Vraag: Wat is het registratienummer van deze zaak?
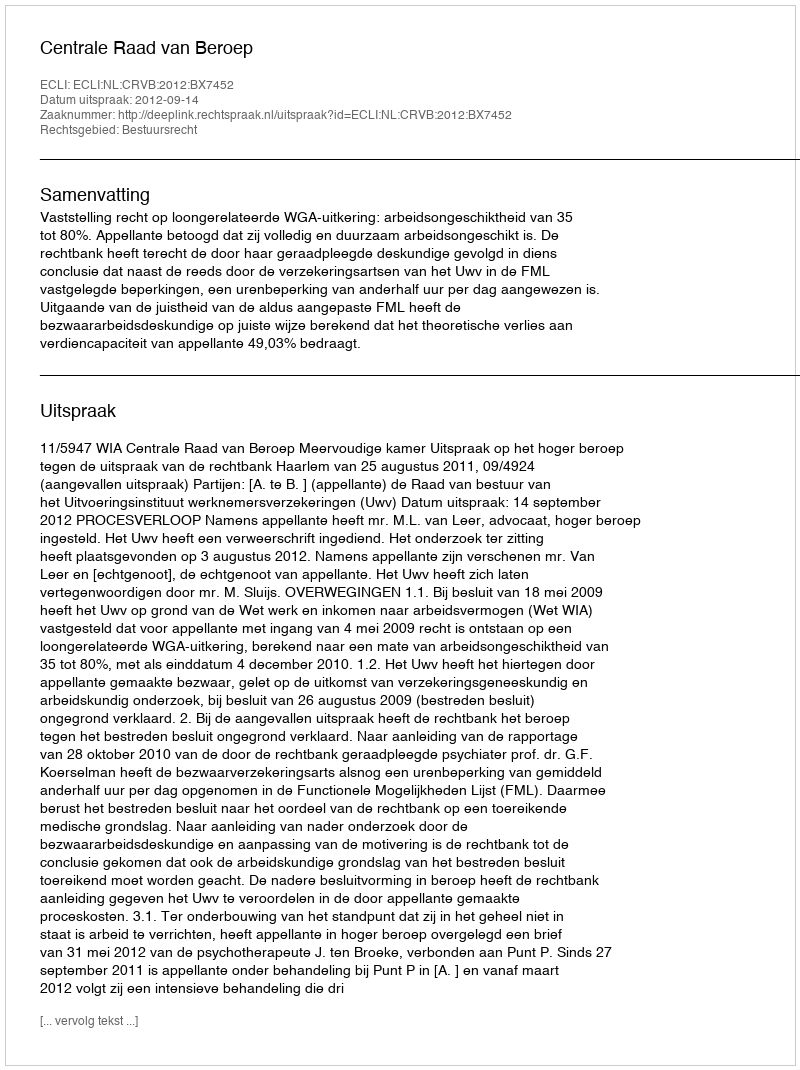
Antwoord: http://deeplink.rechtspraak.nl/uitspraak?id=ECLI:NL:CRVB:2012:BX7452